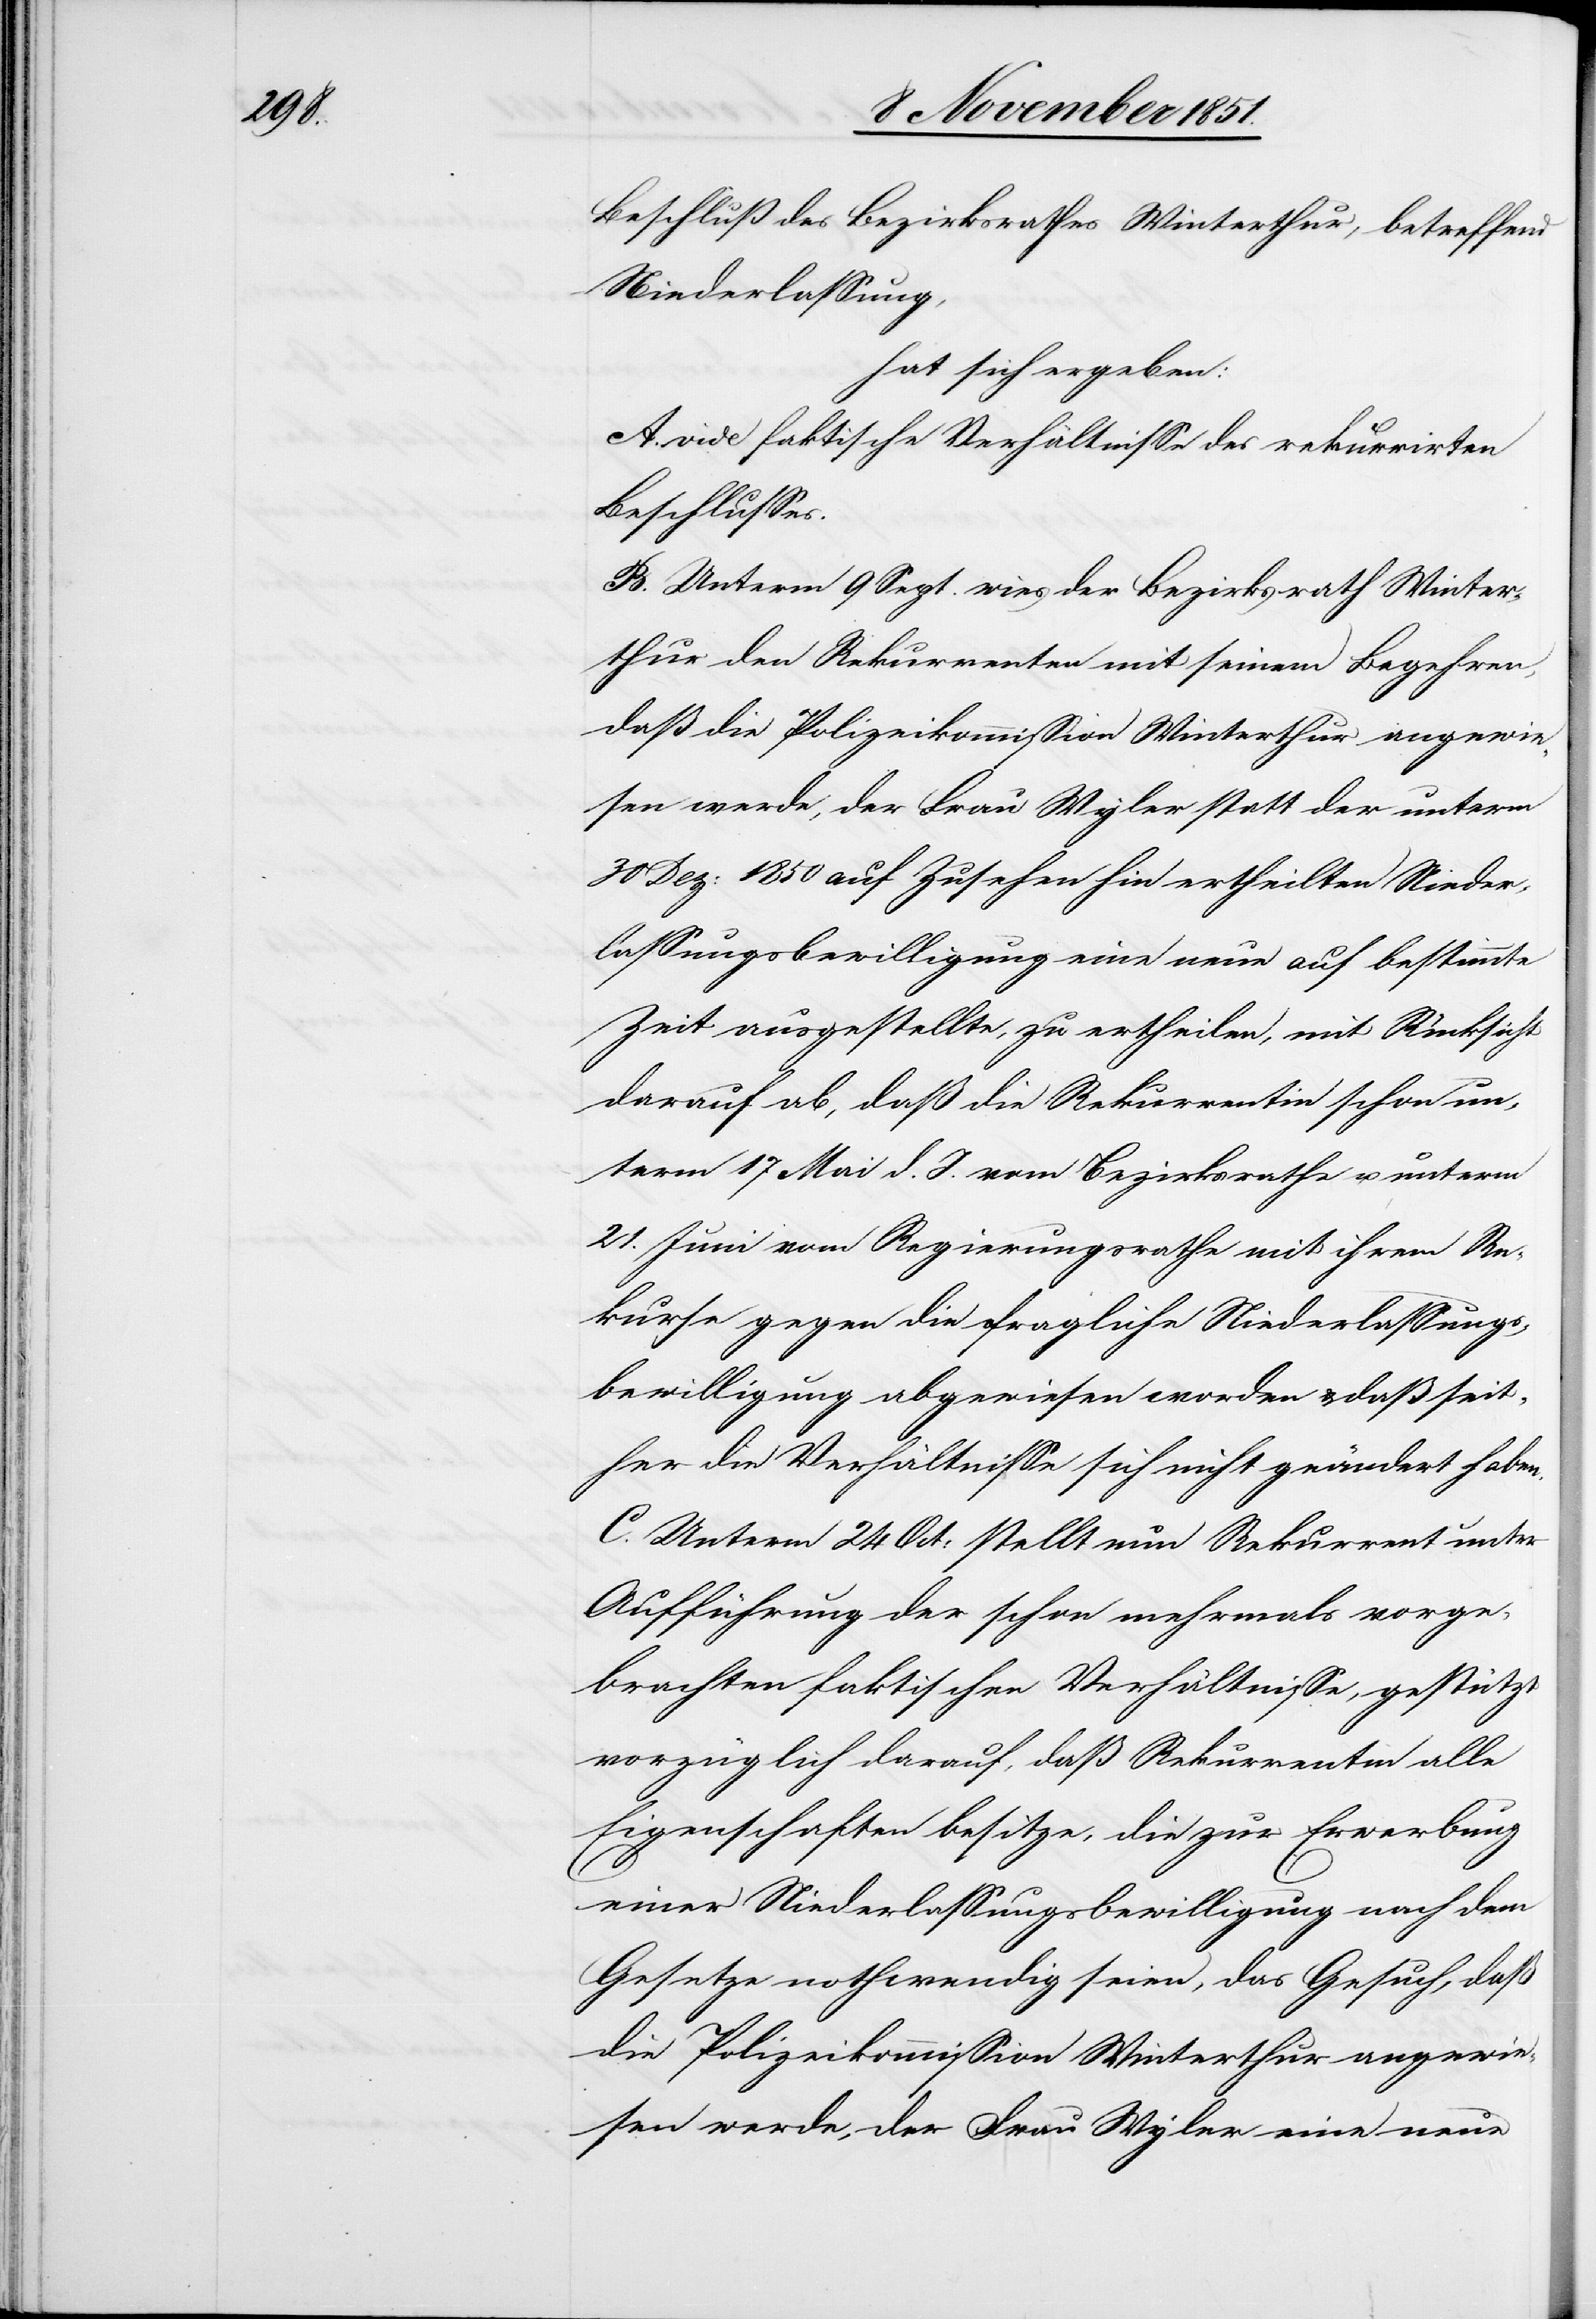
Beschluß des Bezirksrathes Winterhur, betreffend
Niederlassung,
hat sich ergeben:
A. vide faktische Verhältnisse des rekurrirten
Beschlusses.
B. Unterm 9 Sept. wies der Bezirksrath Winter¬
thur den Rekurrenten mit seinem Begehren,
daß die Polizeikommission Winterthur angewie¬
sen werde, der Frau Wyler [sic!] statt der unterm
30 Dez: 1850 auf Zusehen hin ertheilten Nieder¬
lassungsbewilligung eine neue auf bestimmte
Zeit ausgestellte, zu ertheilen, mit Rücksicht
darauf ab, daß die Rekurrentin schon un¬
term 17 Mai d. J. vom Bezirksrathe u. unterm
21. Juni vom Regierungsrathe mit ihrem Re¬
kurse gegen die fragliche Niederlassungs¬
bewilligung abgewiesen worden & daß seit¬
her die Verhältnisse sich nicht geändert haben.
C. Unterm 24 Oct: stellt nun Rekurrent unter
Aufführung der schon mehrmals vorge¬
brachten faktischen Verhältnisse, gestützt
vorzüglich darauf, daß Rekurrentin alle
Eigenschaften besitze, die zur Erwerbung
einer Niederlassungsbewilligung nach dem
Gesetze nothwendig seien, das Gesuch, daß
die Polizeikommission Winterthur angewie¬
sen werde, der Frau Wyler eine neue